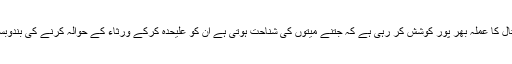
ایوب میڈیکل کمپلکس کے ڈپٹی ڈائریکٹر ڈاکٹر عبدالمنان نے ہمارے نمائندے کو بتایا کہ ہسپتال کا عملہ بھر پور کوشش کر رہی ہے کہ جتنے میتوں کی شناحت ہوتی ہے ان کو علیحدہ کرکے ورثاء کے حوالہ کرنے کی بندوبست کی جائے گی تاہم اس حادثے میں اکثر لاشیں جل چکے ہیں جو شناحت کے قابل نہیں ہیں۔